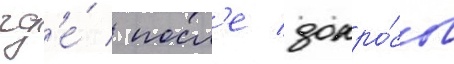
гд'е́ / посл'е допро́сов